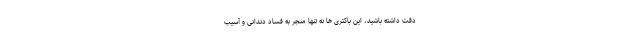
دقت داشته باشید، این باکتری ها نه تنها منجر به فساد دندانی و آسیب